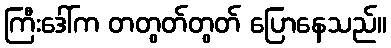
ကြီးဒေါ်က တတွတ်တွတ် ပြောနေသည်။